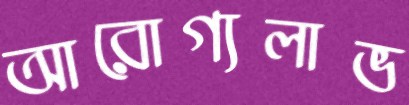
আরোগ্যলাভ